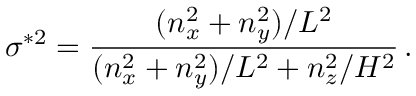
\sigma ^ { * 2 } = \frac { ( n _ { x } ^ { 2 } + n _ { y } ^ { 2 } ) / L ^ { 2 } } { ( n _ { x } ^ { 2 } + n _ { y } ^ { 2 } ) / L ^ { 2 } + n _ { z } ^ { 2 } / H ^ { 2 } } \, .